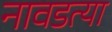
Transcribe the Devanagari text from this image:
नावडत्या